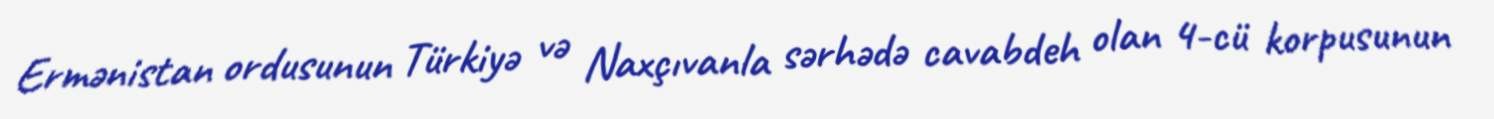
Ermənistan ordusunun Türkiyə və Naxçıvanla sərhədə cavabdeh olan 4-cü korpusunun